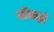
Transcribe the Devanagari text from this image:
नीलाक्षी